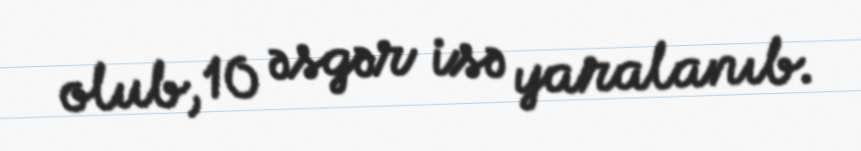
olub, 10 əsgər isə yaralanıb.